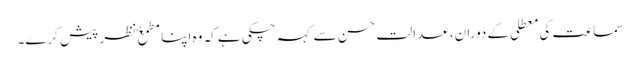
​سماعت کی معطلی کے دوران، عدالت حسن سے کہہ چکی ہے کہ وہ اپنا مطمعٴ نظر پیش کرے۔